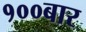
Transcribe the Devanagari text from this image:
१००बार